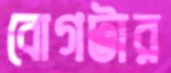
বোগটার